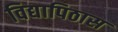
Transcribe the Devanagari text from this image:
विद्यापिठास